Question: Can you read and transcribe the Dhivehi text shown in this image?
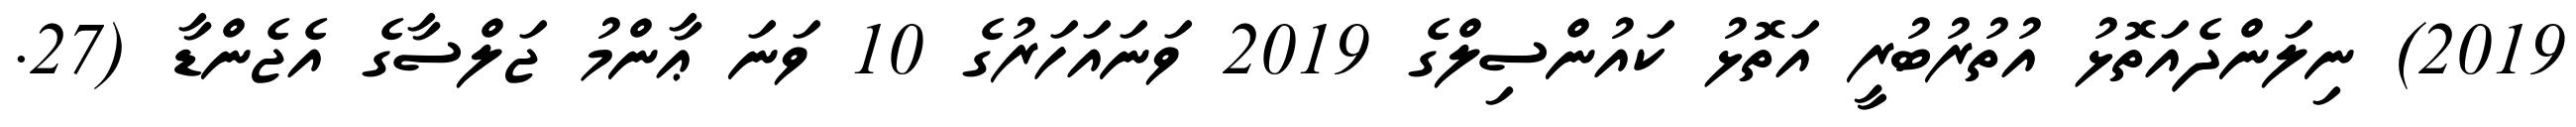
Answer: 2019) ނިލަންދެއަތޮޅު އުތުރުބުރީ އަތޮޅު ކައުންސިލްގެ 2019 ވަނައަހަރުގެ 10 ވަނަ ޢާންމު ޖަލްސާގެ އެޖެންޑާ (27.